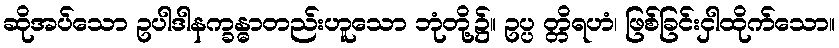
ဆိုအပ်သော ဥပါဒါနက္ခန္ဓာတည်းဟူသော ဘုံတို့၌။ ဥပ္ပ တ္တိရဟံ၊ ဖြစ်ခြင်းငှါထိုက်သော။